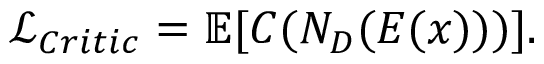
\mathcal { L } _ { C r i t i c } = \mathbb { E } [ C ( N _ { D } ( E ( x ) ) ) ] .